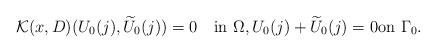
LaTeX: \begin{align*}\mathcal K(x,D)(U_{0}(j),\widetilde U_{0}(j))=0\quad\mbox{in}\,\,\Omega,U_{0}(j)+\widetilde U_{0}(j)=0\mbox{on}\,\,\Gamma_0.\end{align*}